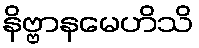
နိဗ္ဗာနမေဟိသိ